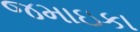
જમાઇકા